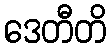
ဒေတီတိ